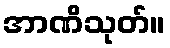
အာဏိသုတ်။